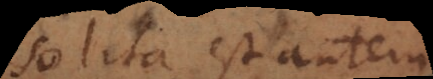
Solita est autem